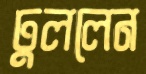
ঢুললেন